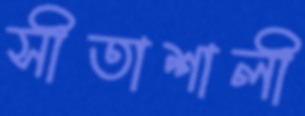
সীতাশালী